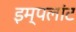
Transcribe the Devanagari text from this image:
इम्पलांट